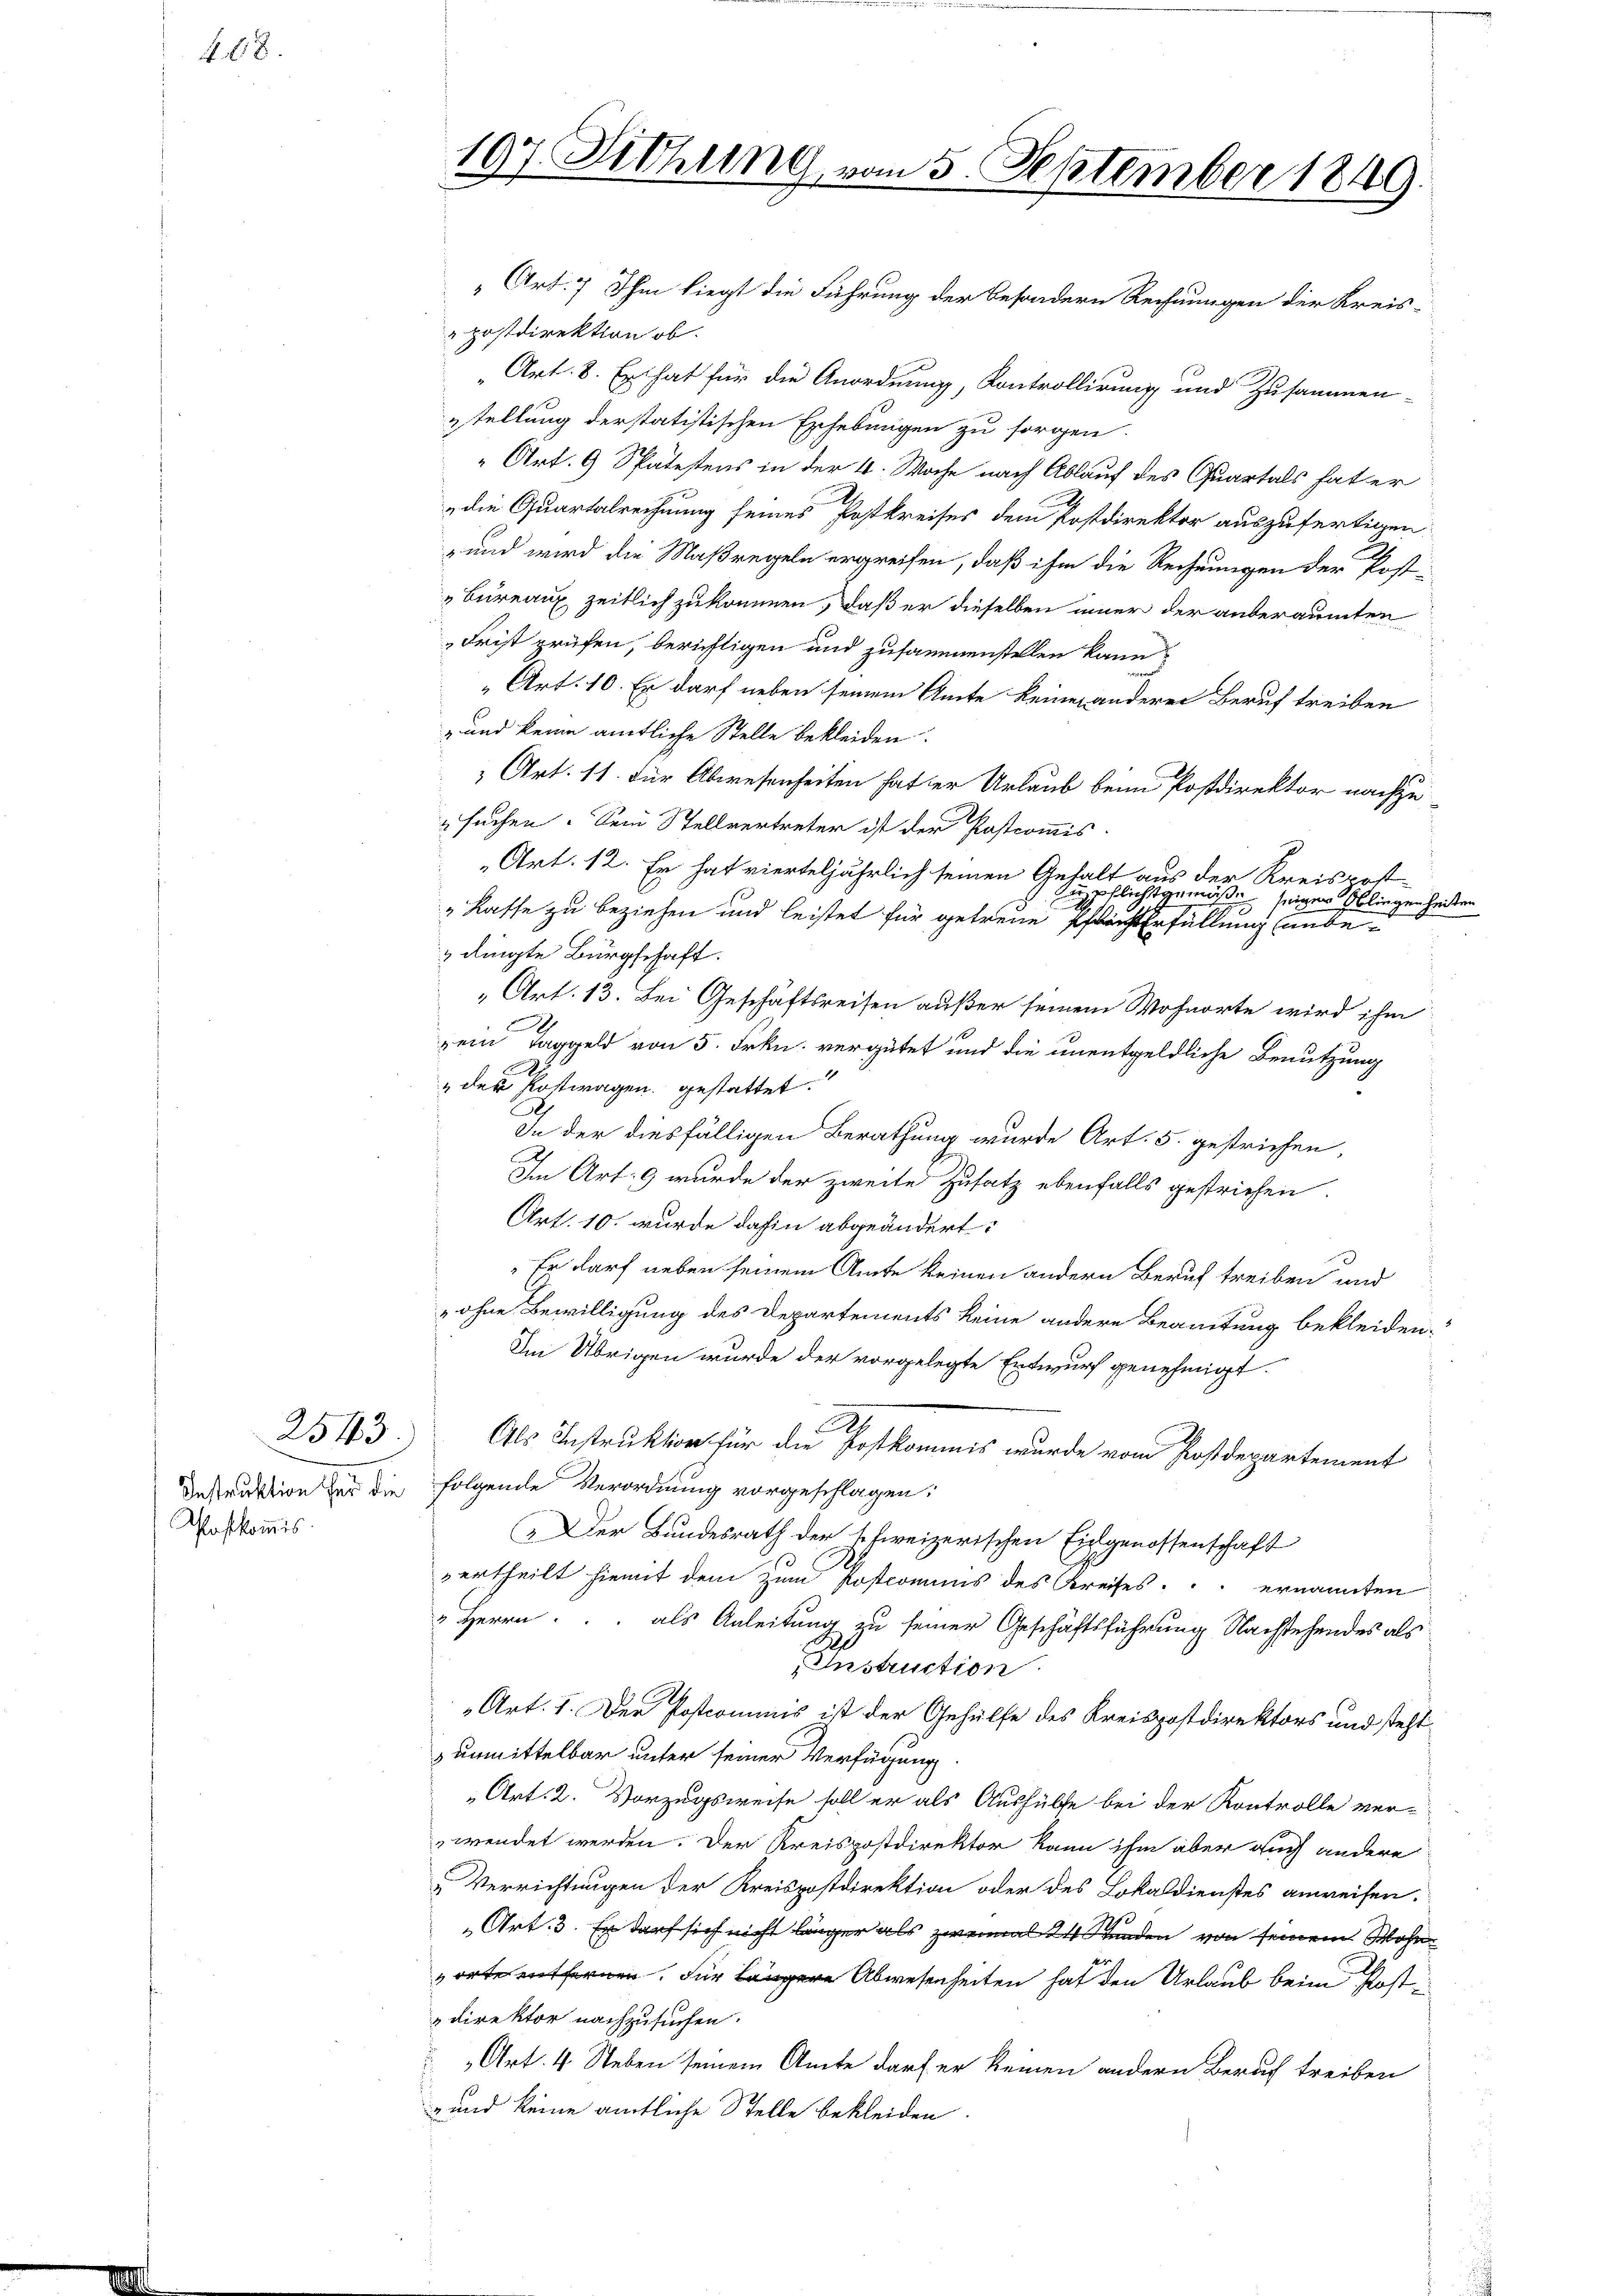
4.8.

Poskommis

2543

107 Dithung vom 5. September 1849.

„Art. 7 Ihm liegt die Führung der besondern Rechnungen der Kreis-
postdirektion ob.
Art. 8. Er hat für die Anordnung, Kontrollirung und Zusammen-
zstellung derstatistischen Erhebungen zu sorgen.
„Art. 9 Spätestens in der 4. Woche nach Ablauf des Quartals hat er
die Quartalrechnung seines Postkreises dem Postdirektor auszufertigen.
und wird die Maßregeln ergreifen, daß ihm die Rechnungen der Post-
Bureaux zeitlich zukommen, daß er dieselben immer der anberaumten
Frist prüfen, berichtigen und zusammenstellen kann?
Art. 10. Er darf neben seinem Amte keinen anderer Beruf treiben
- und keine amtliche Stelle bekleiden.
 Art. 11. Für Abwesenheiten hat der Urlaub beim Postdirektor nachzusuchen. Sein Stellvertreter ist der Postcommis
„Art. 12. Er hat vierteljährlich seinen Gehalt aus der Kreispost-
pflichtgemäße seiner Obliegenheiten
l
"Kasse zu beziehen und leistet für getreue Pflicht Erfüllung unbe¬
 dingte Bürgschaft.
Art. 13. Bei Geschäftsreisen außer seinem Wohnorte wird ihm
nein Taggeld von 5. Frkn. vergütet und die unentgeldliche Benutzung
" der Kostwagen gestattet.
2
In der diesfälligen Berathung wurde Art. 5. gestrichen,
d
Im Art. 9 wurde der zweite Zusatz ebenfalls gestrichen.
Art. 10. wurde dahin abgeändert:
Er darf neben seinem Amte keinen andern Beruf treiben und
„ohne Bewilligung des Departements keine andere Beamtung bekleiden.
Im Übrigen wurde der vorgelegte Entwurf genehmigt.
B
Als Instruktion für die Postkommis wurde vom Postdepartement
Instruktion für die folgende Verordnung vorgeschlagen:
„Der Bundesrath der schweizerischen Eingenossenschaft
vertheilt hiemit dem zum Postcomuns des Kreises ernannten
 Herrn. als Anleitung zu seiner Geschäftsführung Nachstehendes als
Instruction
Art. 1. Der Postcommis ist der Gehülfe des Kreispostdirektors und steht
unmittelbar unter seiner Verfügung
Art. 2. Vorzugsweise soll er als Aushülfe bei der Kontrolle ver-
wendet werden. Der Kreispostdirektor kann ihm aber auch andere
Verrichtungen der Kreispostdirektion oder des Lokaldienstes anweisen.
Art. 3. Er darf sich nicht länger als zweimal 24 Stunden von seinem Wohn
orter entfernen. Für längere Abwesenheiten hat den Urlaub beim Post¬
Direktor nachzusuchen.
Art. 4. Steben seinem Amte darf er keinen andern Beruch treiben
" und keine amtliche Stelle bekleiden.